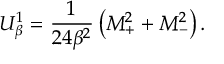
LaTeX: U _ { \beta } ^ { 1 } = \frac { 1 } { 2 4 \beta ^ { 2 } } \left( M _ { + } ^ { 2 } + M _ { - } ^ { 2 } \right) .